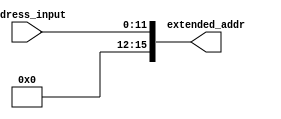
module extend_address (

	input [11:0] address_input,
	output [15:0] extended_addr
	
);

wire z = 0;

assign extended_addr = {z, z, z, z, address_input};

endmodule